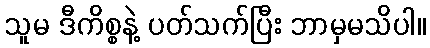
သူမ ဒီကိစ္စနဲ့ ပတ်သက်ပြီး ဘာမှမသိပါ။